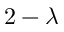
2 - \lambda